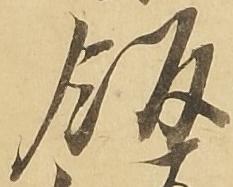
飯